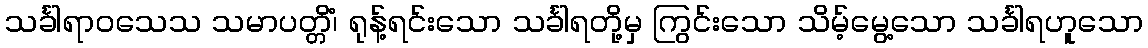
သင်္ခါရာဝသေသ သမာပတ္တိံ၊ ရုန့်ရင်းသော သင်္ခါရတို့မှ ကြွင်းသော သိမ့်မွေ့သော သင်္ခါရဟူသော